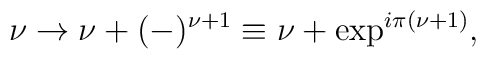
\nu\rightarrow \nu+(-)^{\nu+1}\equiv \nu+\exp^{i\pi{(\nu+1})} ,